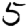
Digit: 5